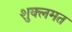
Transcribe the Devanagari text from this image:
शुक्लमत